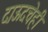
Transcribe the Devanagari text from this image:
दाऊदचेही